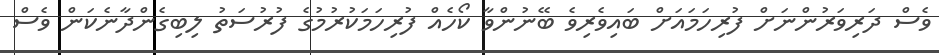
ވެސް ދަރިވަރުންނަށް ފުރިހަމައަށް ބައިވެރިވެ ބޭނުންވާ ކޯހެއް ފުރިހަމަކުރުމުގެ ފުރުސަތު ލިބިގެންދާނެކަން ވެެސް